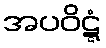
အပဝိဋ္ဋံ